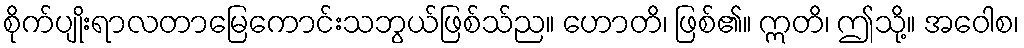
စိုက်ပျိုးရာလတာမြေကောင်းသဘွယ်ဖြစ်သ်ည။ ဟောတိ၊ ဖြစ်၏။ ဣတိ၊ ဤသို့။ အဝေါစ၊